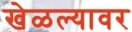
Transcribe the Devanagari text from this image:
खेळल्यावर